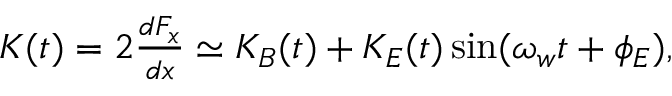
\begin{array} { r } { K ( t ) = 2 \frac { d F _ { x } } { d x } \simeq K _ { B } ( t ) + K _ { E } ( t ) \sin ( \omega _ { w } t + \phi _ { E } ) \mathrm { , } } \end{array}